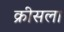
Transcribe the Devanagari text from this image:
क्रीसला